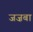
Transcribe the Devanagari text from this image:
जज़बा